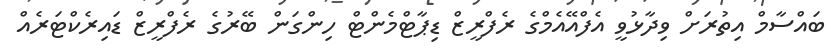
ބައްސާމް އިތުރަށް ވިދާޅުވީ އެފްއޭއެމްގެ ރެފްރީޒް ޑިޕާޓްމެންޓް ހިންގަން ބޭރުގެ ރެފްރީޒް ޑައިރެކްޓަރެއް